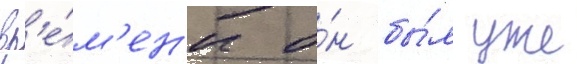
вр'е́м'ен'и о́н бы́л уже